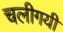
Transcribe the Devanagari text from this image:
चलीगयी